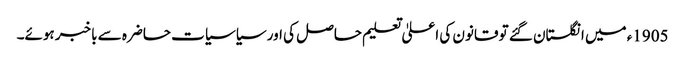
1905ء میں انگلستان گئے تو قانون کی اعلیٰ تعلیم حاصل کی اور سیاسیات حاضرہ سے باخبر ہوئے۔